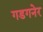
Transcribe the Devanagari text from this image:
गडगनेर